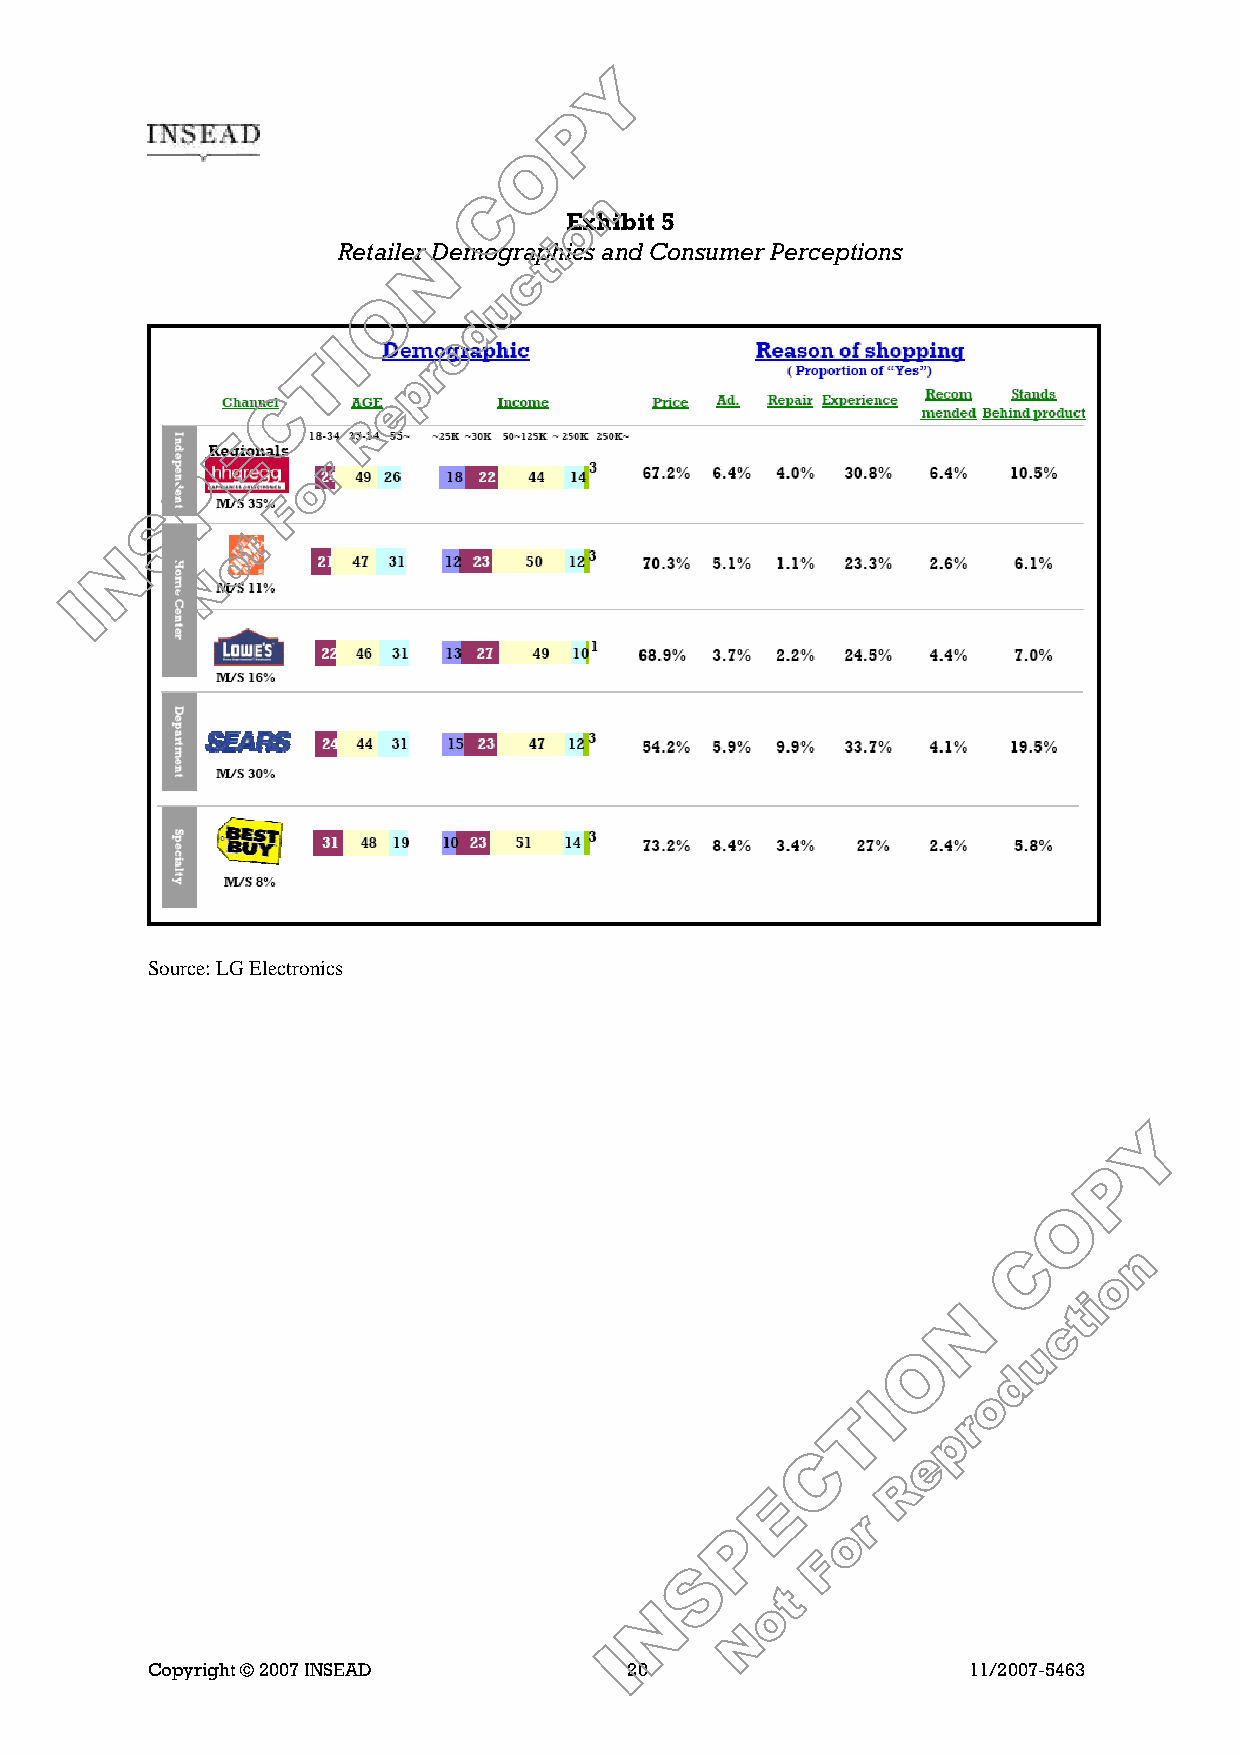
Exhibit 5
 Retailer Demographics and Consumer Perceptions
 Source: LG Electronics
 Copyright © 2007 INSEAD         20                    11/2007-5463